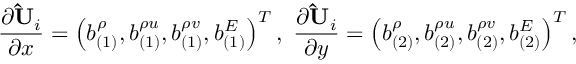
\frac { \partial { \mathbf { \hat { U } } _ { i } } } { \partial x } = \left( b _ { ( 1 ) } ^ { \rho } , b _ { ( 1 ) } ^ { \rho u } , b _ { ( 1 ) } ^ { \rho v } , b _ { ( 1 ) } ^ { E } \right) ^ { T } , \ \frac { \partial { \mathbf { \hat { U } } _ { i } } } { \partial y } = \left( b _ { ( 2 ) } ^ { \rho } , b _ { ( 2 ) } ^ { \rho u } , b _ { ( 2 ) } ^ { \rho v } , b _ { ( 2 ) } ^ { E } \right) ^ { T } ,